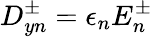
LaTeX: D_{yn}^{\pm}=\epsilon_{n}E_{n}^{\pm}